Civil Veterinary Dept. Bombay admin report 1923-31 - 1923-1931
Year: 1923
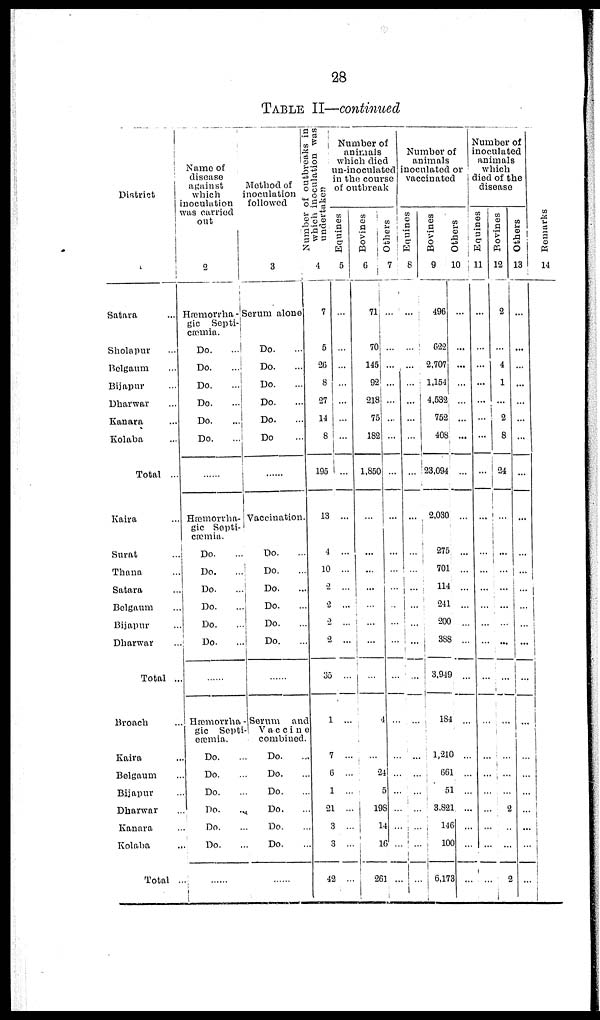
28
TABLE II—continued
District
1
Satara ...
Sholapur ...
Belgaum ...
Bijapur ...
Dharwar ...
Kanara ...
Kolaba ...
Total ...
Kaira ...
Surat ...
Thana ...
Satara ...
Belgaum ...
Bijapur ...
Dharwar ...
Total ..
Broach ...
Kaira ...
Belgaum ...
Bijapur ...
Dharwar ...
Kanara ...
Kolaba ...
Total ..
Name of
disease
against
which
inoculation
was carried
out
2
Hæmorrha -
gic Septi-
cæmia.
Do. ...
Do. ...
Do. ...
Do. ...
Do. ...
Do. ...
......
Hæmorrha-
gic Septi-
cæmia.
Do. ...
Do. ...
Do. ...
Do. ...
Do. ...
Do. ...
Hæmorrha
gic Septi
eæmia.
Do. ...
Do. ...
Do. ...
Do. ...
Do. ...
Do. ...
......
Method of
inoculation
followed
Number of outbreaks in
which inoculation was
undertaken
3
Serum alone
Do. ...
Do. ...
Do. ...
Do. ...
Do. ...
Do. ...
......
Vaccination.
Do. ...
Do. ...
Do. ...
Do. ...
Do. ...
Do. ...
Serum and
Vaccine
combined.
Do. ...
Do. ...
Do. ...
Do. ...
Do. ...
Do. ...
.....
4
7
5
26
8
27
14
8
195
13
4
10
2
2
2
2
35
1
7
6
1
21
3
3
42
Number of
animals
which died
in-inoculated
in the course
of outbreak
Equines
5
...
...
...
...
...
...
...
...
...
...
...
...
...
...
...
...
...
...
...
...
...
...
...
...
Bovines
6
71
70
145
92
218
75
182
1,850
...
...
...
...
...
...
...
..
4
..
24
5
198
14
16
26
Others
7
...
...
...
...
...
...
...
...
...
...
...
...
...
...
...
...
...
...
...
...
...
....
...
...
Number of
animals
inoculated or
vaccinated
Equines
8
...
....
...
...
...
...
...
...
...
...
...
...
...
...
...
...
...
...
...
...
...
...
...
...
Bovines
9
496
622
2,707
1,154
4,532
752
408
23,094
2,030
275
701
114
241
200
388
3,949
184
1,210
661
51
3,821
146
100
6,173
Others
10
...
...
...
...
...
...
...
...
...
...
...
...
...
...
...
...
...
...
...
...
...
...
....
Number of
inoculated
animals
which
died of the
disease
Equines
11
...
...
...
...
...
...
...
...
...
...
...
...
...
...
...
...
...
...
...
...
...
...
...
Bovines
12
2
...
4
1
...
2
8
24
...
...
...
...
...
....
...
...
...
...
...
....
2
...
...
2
Others
13
...
...
...
...
...
...
...
...
...
...
...
...
...
...
...
...
...
...
...
...
...
...
...
Remarks
14